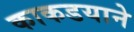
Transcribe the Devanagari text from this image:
काकडयाने